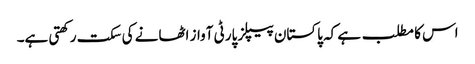
اس کا مطلب ہے کہ پاکستان پیپلز پارٹی آواز اٹھانے کی سکت رکھتی ہے۔